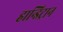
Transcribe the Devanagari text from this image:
हान्डिट्रान